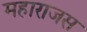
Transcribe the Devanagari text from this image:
महाराजस